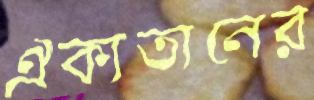
ঐক্যতানের